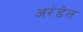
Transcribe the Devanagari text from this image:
अरंडेल